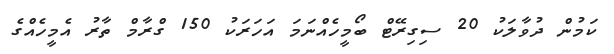
ކަމުން ދުވާލަކު 20 ސިގިރޭޓް ބޯމީހެއްނަމަ އަހަރަކު 150 ގްރާމް ތާރު އެމީހެއްގެ